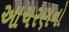
આચરણનો